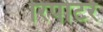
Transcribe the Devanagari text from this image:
रिर्पोटर